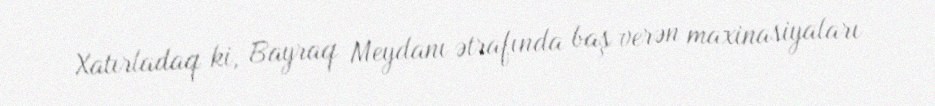
Xatırladaq ki, Bayraq Meydanı ətrafında baş verən maxinasiyaları